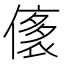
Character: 㒅